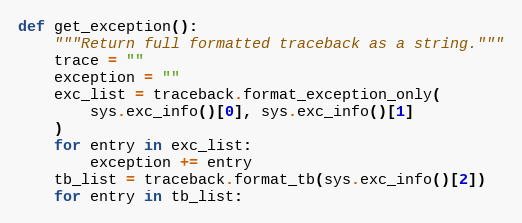
Language: Python
def get_exception():
    """Return full formatted traceback as a string."""
    trace = ""
    exception = ""
    exc_list = traceback.format_exception_only(
        sys.exc_info()[0], sys.exc_info()[1]
    )
    for entry in exc_list:
        exception += entry
    tb_list = traceback.format_tb(sys.exc_info()[2])
    for entry in tb_list: